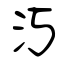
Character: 汅